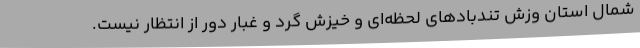
شمال استان وزش تندبادهای لحظه‌ای و خیزش گرد و غبار دور از انتظار نیست.